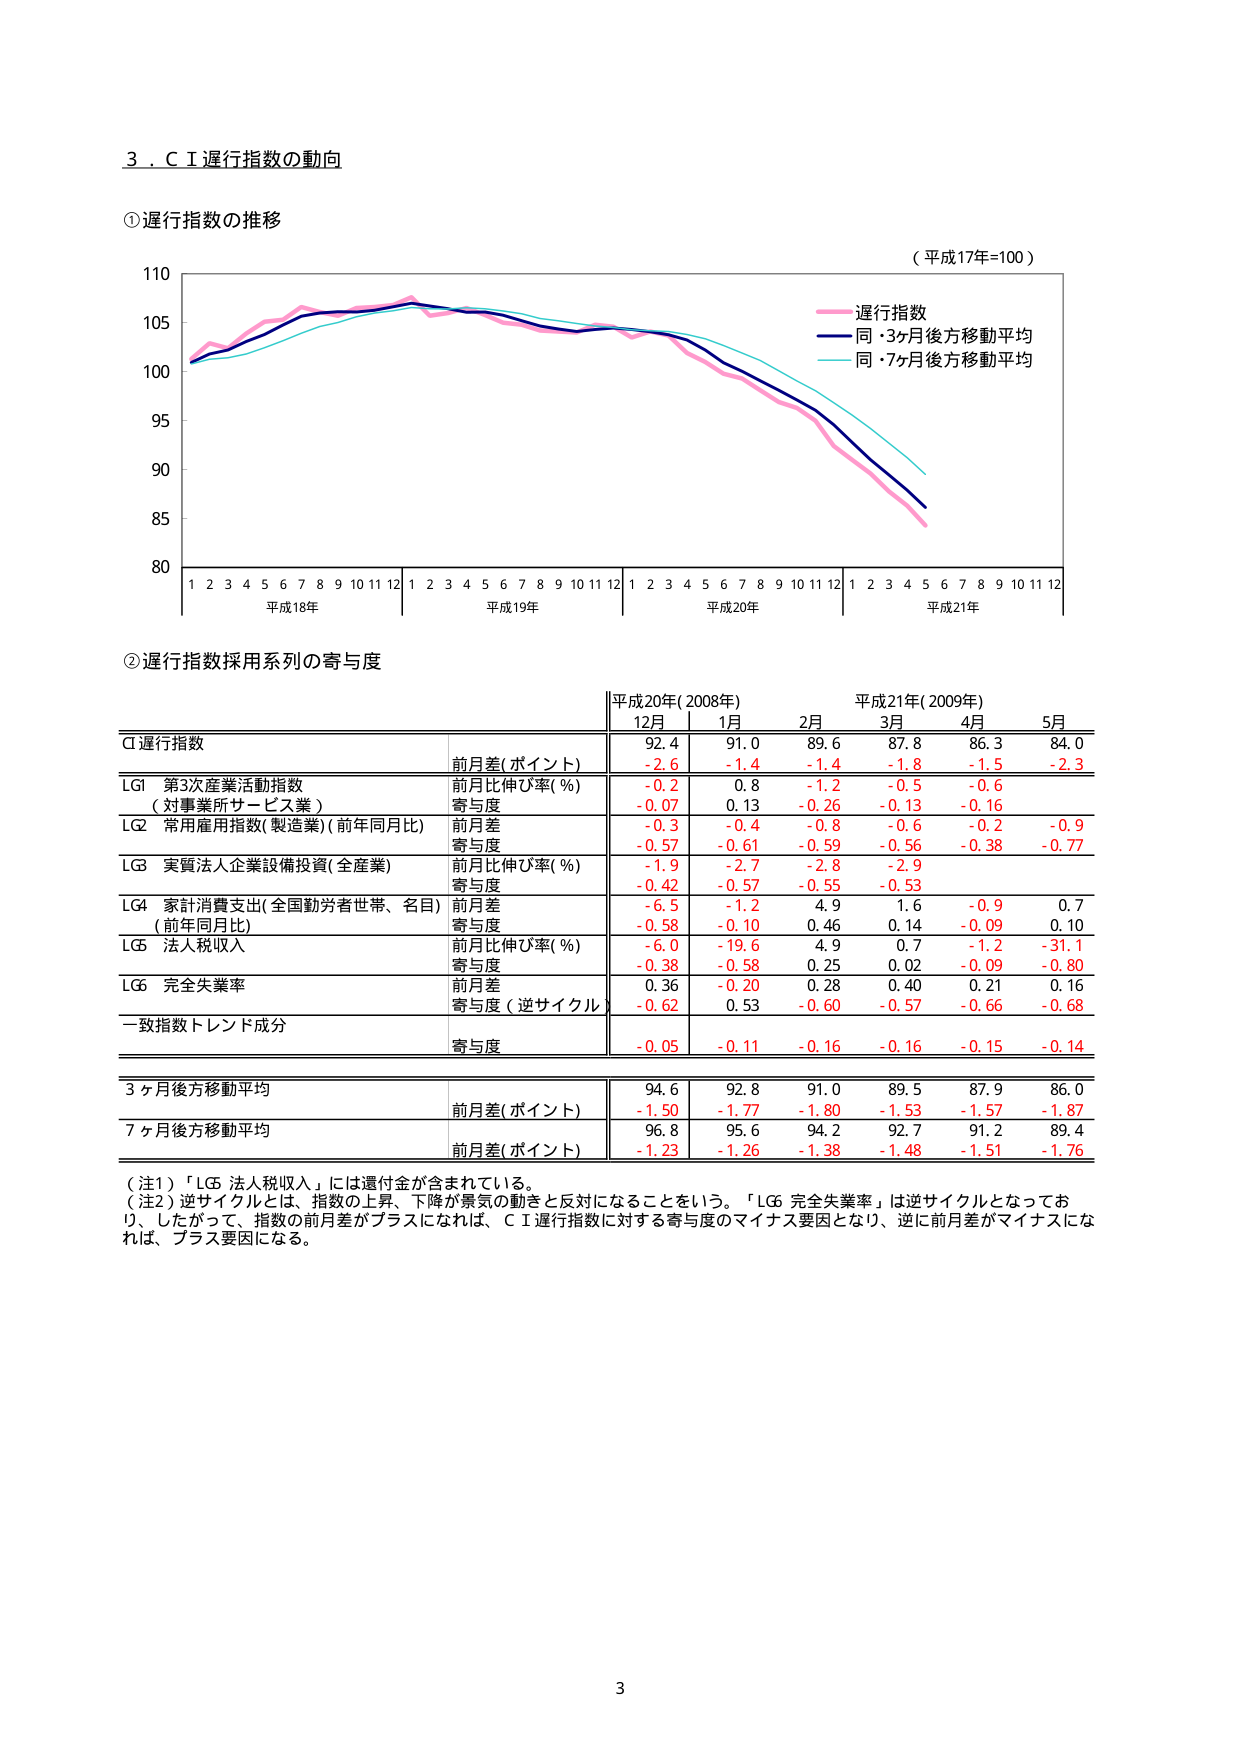
3．ＣＩ遅行指数の動向

①遅行指数の推移

（平成17年=100）

110
105
100
95
90
85
80

1 2 3 4 5 6 7 8 9 10 11 12 1 2 3 4 5 6 7 8 9 10 11 12 1 2 3 4 5 6 7 8 9 10 11 12 1 2 3 4 5 6 7 8 9 10 11 12
平成18年 平成19年 平成20年 平成21年

遅行指数
同・3ヶ月後方移動平均
同・7ヶ月後方移動平均

②遅行指数採用系列の寄与度

平成20年(2008年) 平成21年(2009年)
12月 1月 2月 3月 4月 5月

CI遅行指数
前月差(ポイント) 92.4 91.0 89.6 87.8 86.3 84.0
-2.6 -1.4 -1.4 -1.8 -1.5 -2.3

LG1 第3次産業活動指数
前月比伸び率(%) -0.2 0.8 -1.2 -0.5 -0.6
（対事業所サービス業） 寄与度 -0.07 0.13 -0.26 -0.13 -0.16

LG2 常用雇用指数(製造業)(前年同月比)
前月差 -0.3 -0.4 -0.8 -0.6 -0.2 -0.9
寄与度 -0.57 -0.61 -0.59 -0.56 -0.38 -0.77

LG3 実質法人企業設備投資(全産業)
前月比伸び率(%) -1.9 -2.7 -2.8 -2.9
寄与度 -0.42 -0.57 -0.55 -0.53

LG4 家計消費支出(全国勤労者世帯、名目)
前月差 -6.5 -1.2 4.9 1.6 -0.9 0.7
(前年同月比) 寄与度 -0.58 -0.10 0.46 0.14 -0.09 0.10

LG5 法人税収入
前月比伸び率(%) -6.0 -19.6 4.9 0.7 -1.2 -31.1
寄与度 -0.38 -0.58 0.25 0.02 -0.09 -0.80

LG6 完全失業率
前月差 0.36 -0.20 0.28 0.40 0.21 0.16
寄与度（逆サイクル） -0.62 0.53 -0.60 -0.57 -0.66 -0.68

一致指数トレンド成分
寄与度 -0.05 -0.11 -0.16 -0.16 -0.15 -0.14

3ヶ月後方移動平均
前月差(ポイント) 94.6 92.8 91.0 89.5 87.9 86.0
-1.50 -1.77 -1.80 -1.53 -1.57 -1.87

7ヶ月後方移動平均
前月差(ポイント) 96.8 95.6 94.2 92.7 91.2 89.4
-1.23 -1.26 -1.38 -1.48 -1.51 -1.76

（注1）「LG5 法人税収入」には還付金が含まれている。
（注2）逆サイクルとは、指数の上昇、下降が景気の動きと反対になることをいう。「LG6 完全失業率」は逆サイクルとなっており、したがって、指数の前月差がプラスになれば、ＣＩ遅行指数に対する寄与度のマイナス要因となり、逆に前月差がマイナスになれば、プラス要因になる。

3